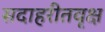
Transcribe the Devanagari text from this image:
सदाहरीतवृक्ष